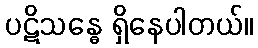
ပဋိသန္ဓေ ရှိနေပါတယ်။